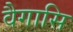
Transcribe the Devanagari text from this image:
वैगासि